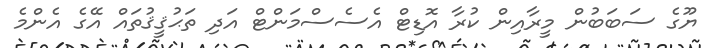
ޔޫގެ ސަބަބުން މީރާއިން ކުރާ އޮޑިޓް އެސެސްމަންޓް އަދި ތަޙުޤީޤުތައް އޭގެ އެންމެ